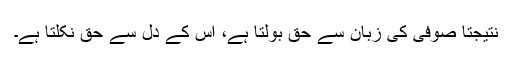
نتیجتاً صوفی کی زبان سے حق بولتا ہے، اُس کے دل سے حق نکلتا ہے۔